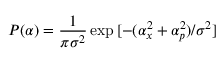
P ( \alpha ) = \frac { 1 } { \pi \sigma ^ { 2 } } \exp { [ - ( \alpha _ { x } ^ { 2 } + \alpha _ { p } ^ { 2 } ) / \sigma ^ { 2 } ] }